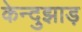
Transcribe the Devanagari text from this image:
केन्दुझाड़